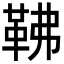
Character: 𩉽